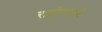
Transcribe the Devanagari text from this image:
राहील्याने